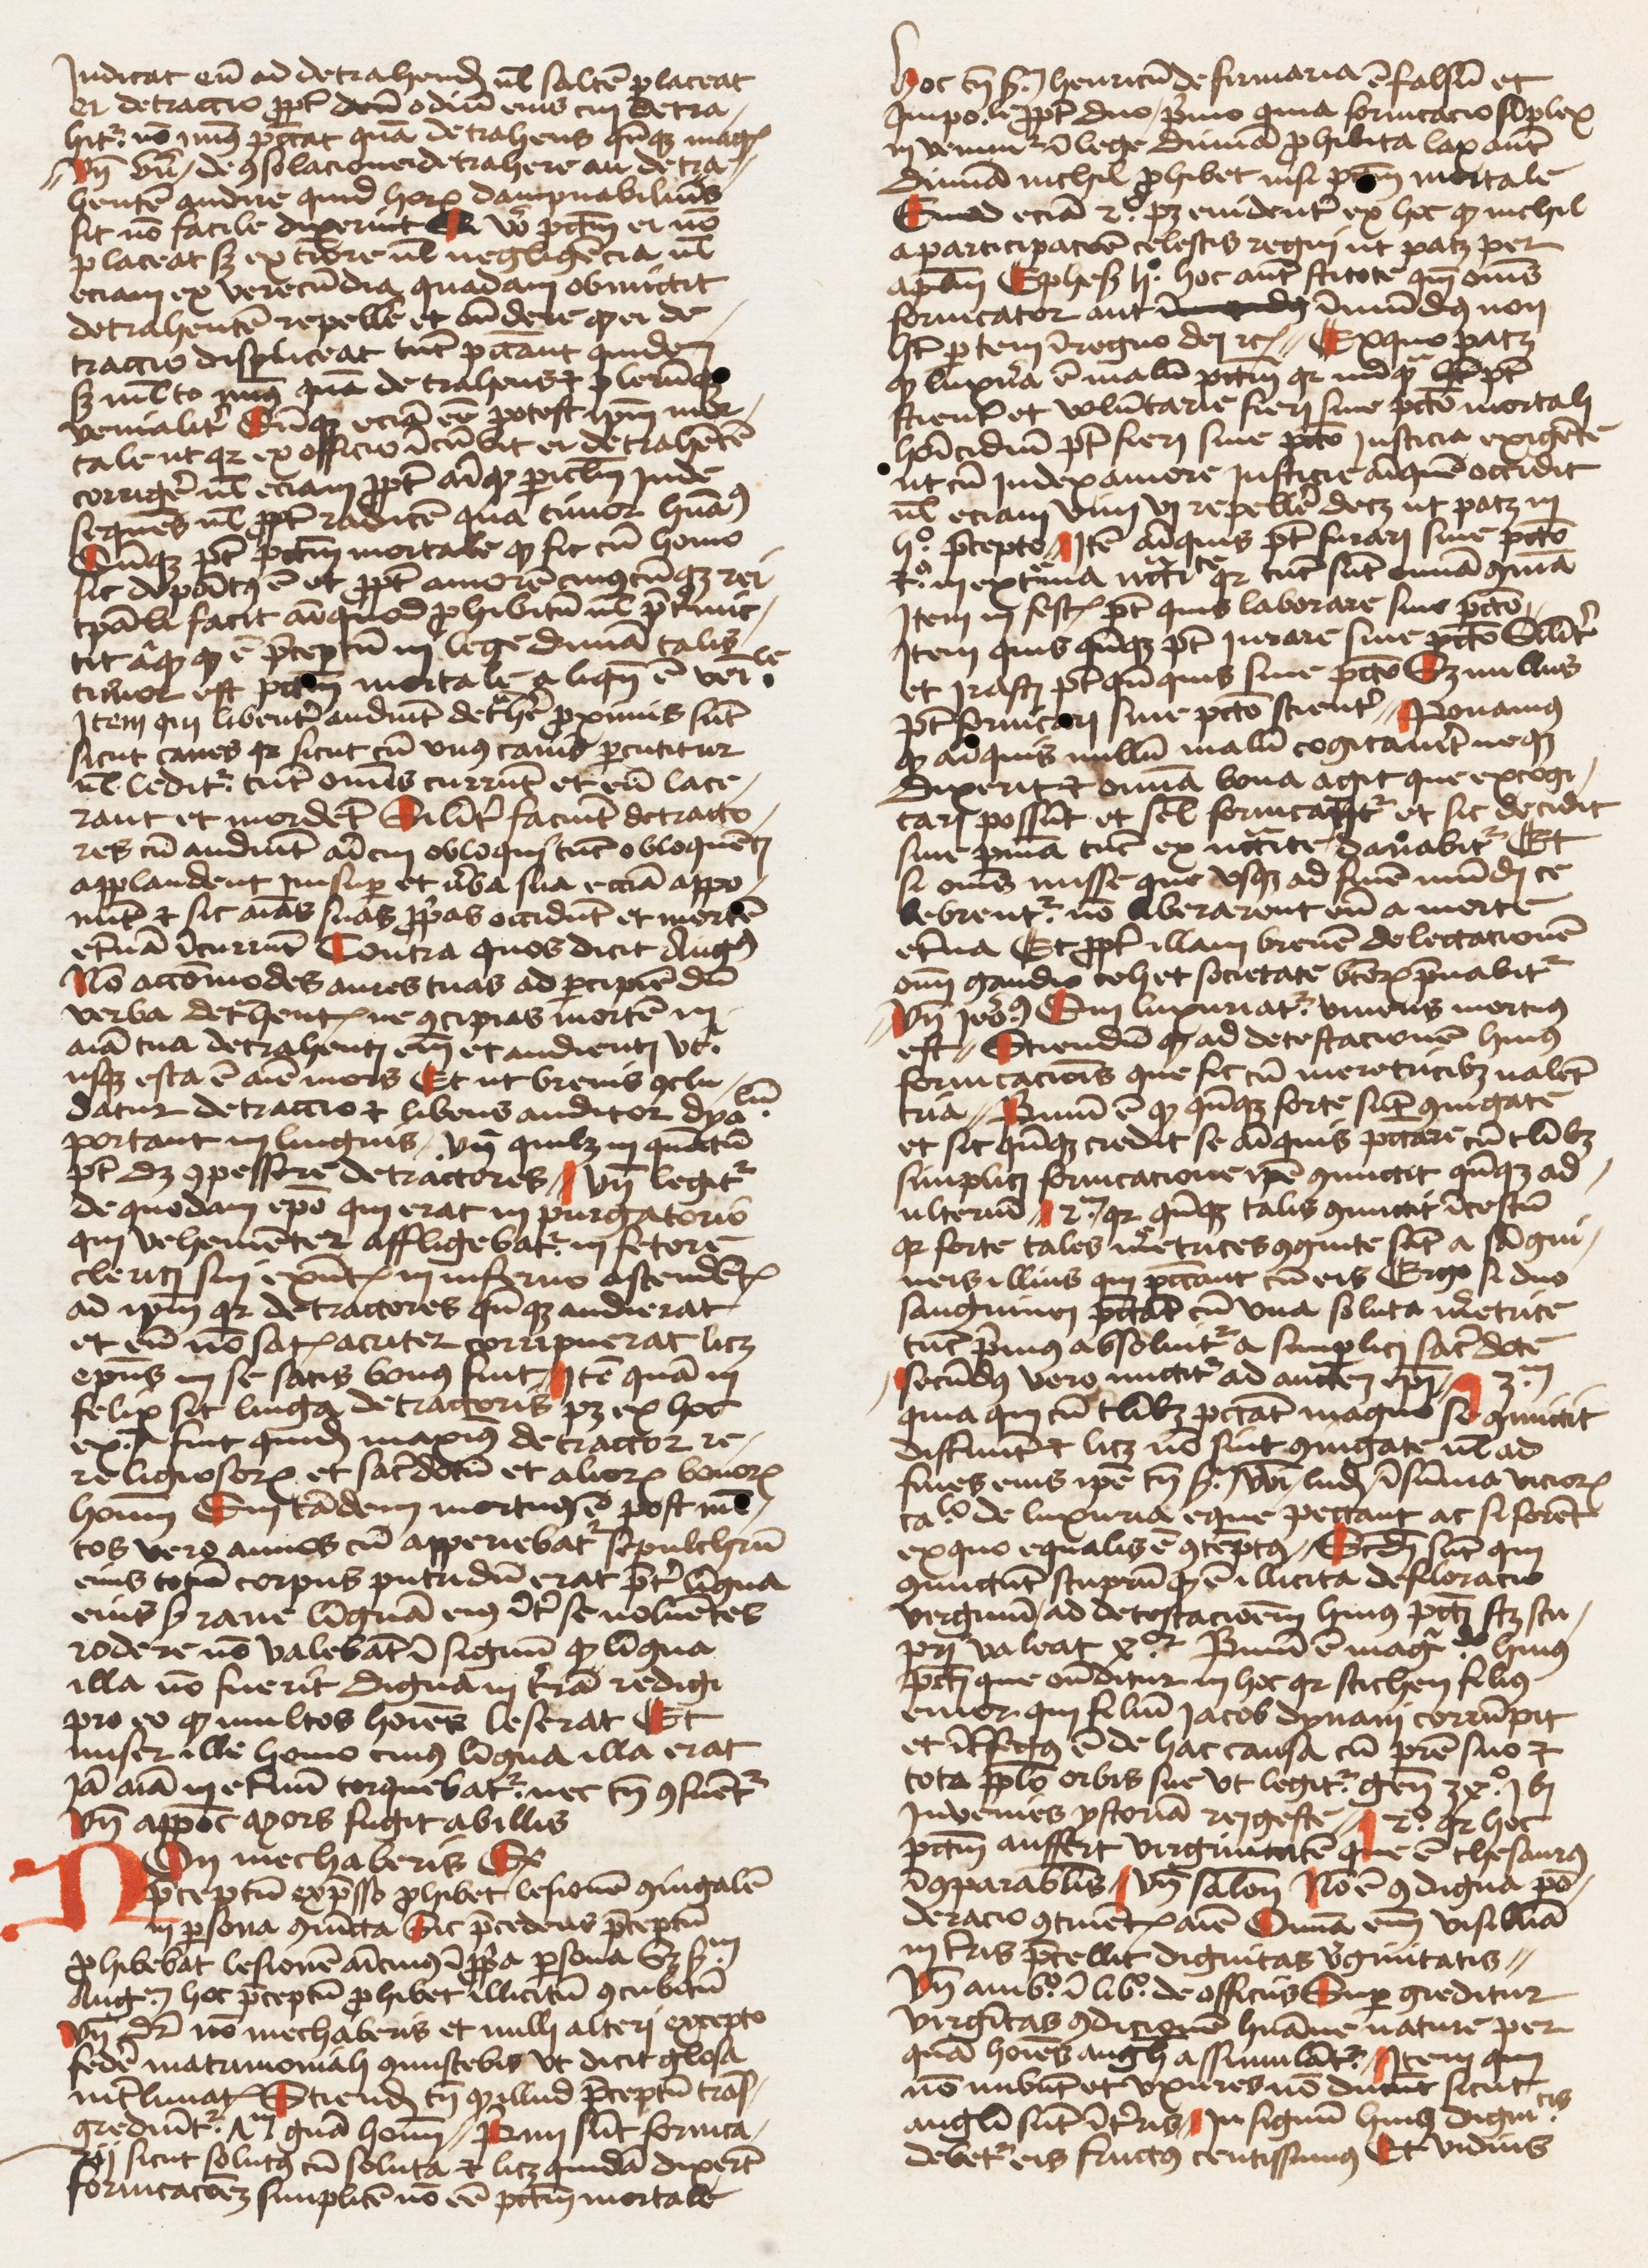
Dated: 1455–1455